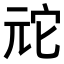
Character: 𫤙